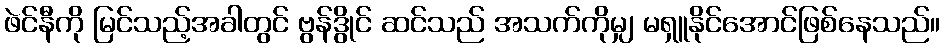
ဖဲင်နီကို မြင်သည့်အခါတွင် ဗွန်ဒွိုင် ဆင်သည် အသက်ကိုမျှ မရှူနိုင်အောင်ဖြစ်နေသည်။